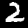
Label: 2